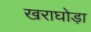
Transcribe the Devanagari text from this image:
खराघोड़ा